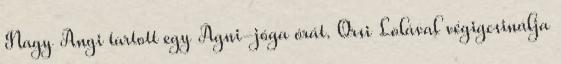
Nagy Angi tartott egy Agni-jóga órát. Orsi Lolával végigcsinálja